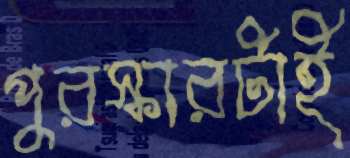
পুরস্কারটাই